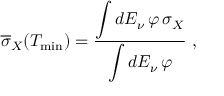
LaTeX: \overline { { \sigma } } _ { X } ( T _ { \mathrm { m i n } } ) = \frac { \displaystyle \int d E _ { \nu } \, \varphi \, \sigma _ { X } } { \displaystyle \int d E _ { \nu } \, \varphi } \ ,